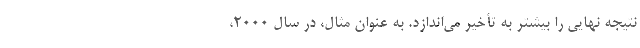
نتیجه نهایی را بیشتر به تأخیر می‌اندازد. به عنوان مثال، در سال ۲۰۰۰،